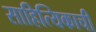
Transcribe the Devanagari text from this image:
साहित्यिकाची